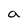
Character: a